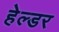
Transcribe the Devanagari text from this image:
हेल्डर